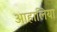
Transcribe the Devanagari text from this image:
आहालिया